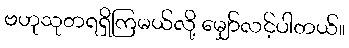
ဗဟုသုတရရှိကြမယ်လို့ မျှော်လင့်ပါတယ်။